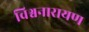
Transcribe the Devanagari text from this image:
विश्वनारायण